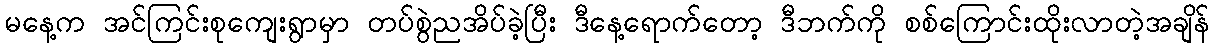
မနေ့က အင်ကြင်းစုကျေးရွာမှာ တပ်စွဲညအိပ်ခဲ့ပြီး ဒီနေ့ရောက်တော့ ဒီဘက်ကို စစ်ကြောင်းထိုးလာတဲ့အချိန်